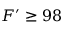
F ^ { \prime } \ge 9 8 \